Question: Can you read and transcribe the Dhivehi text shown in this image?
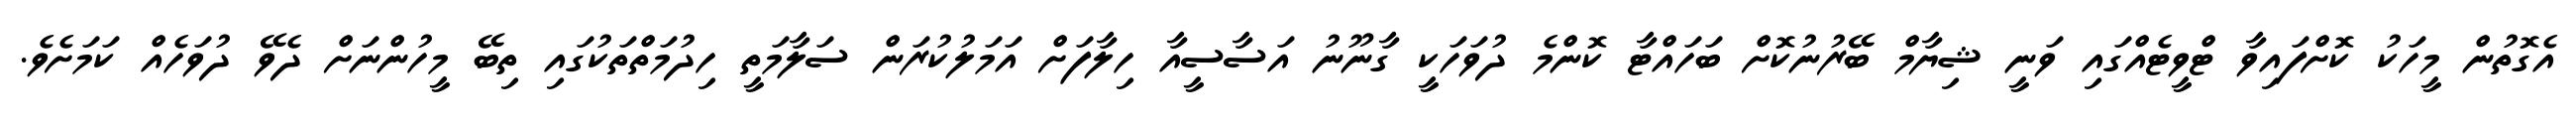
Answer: އެގޮތުން މީހަކު ކޮށްފައިވާ ޓްވީޓެއްގައި ވަނީ ޝިޔާމް ބޭރުނުކޮށް ބަހައްޓާ ކޮންމެ ދުވަހަކީ ގާނޫނު އަސާސީއާ ހިލާފަށް އަމަލުކުރަން ސަލާމަތީ ހިދުމަތްތަކުގައި ތިބޭ މީހުންނަށް ދެވޭ ދުވަހެއް ކަމަށެވެ.